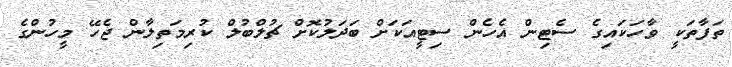
ތަފާތަކީ ވާހަކައިގެ ސެޓިން އެހެން ސިޓީއަކަށް ބަދަލުކޮށް ޗުލްބުލް ކުރިމަތިލާން ޖެހޭ މީހުންގެ